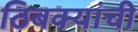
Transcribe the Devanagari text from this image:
ठिबक्यांची